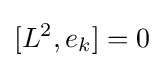
[L^{2},e_{k}]=0